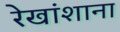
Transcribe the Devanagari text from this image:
रेखांशाना